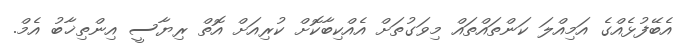
އެބޭފުޅެއްގެ އަމިއްލަ ކަންތައްތައް މިވަގުތަށް އެއްކިބާކޮށް ކުރިއަށް އޮތް ރިޔާސީ އިންތިޚާބު އެމް.